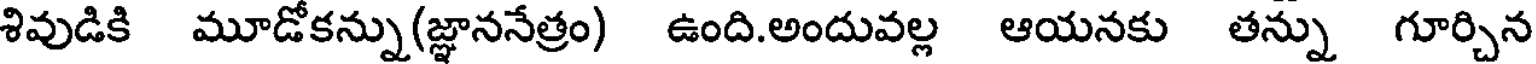
శివుడికి మూడోకన్ను(జ్ఞాననేత్రం) ఉంది.అందువల్ల ఆయనకు తన్ను గూర్చిన